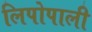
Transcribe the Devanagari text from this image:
लिपोपाली